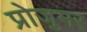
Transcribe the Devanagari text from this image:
प्रोजुमर